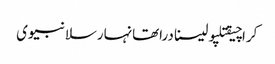
کراچیقتلپولیسنادراتھانہارسلانبیوی